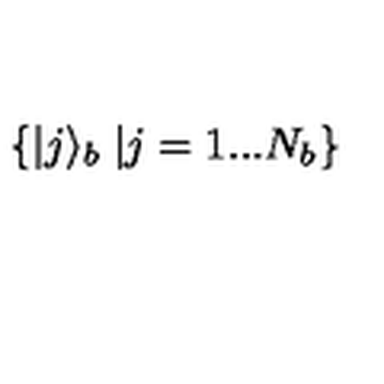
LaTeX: \left\{ | j \rangle _ { b } \right. \left| j = 1 . . . N _ { b } \right\}